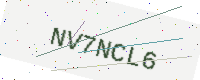
Text: NV7NCL6